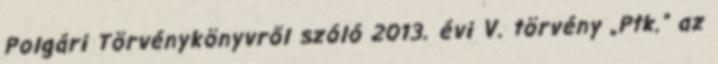
Polgári Törvénykönyvről szóló 2013. évi V. törvény „Ptk.” az